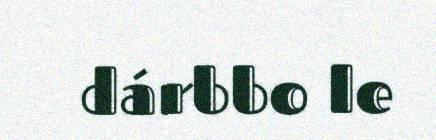
dárbbo le